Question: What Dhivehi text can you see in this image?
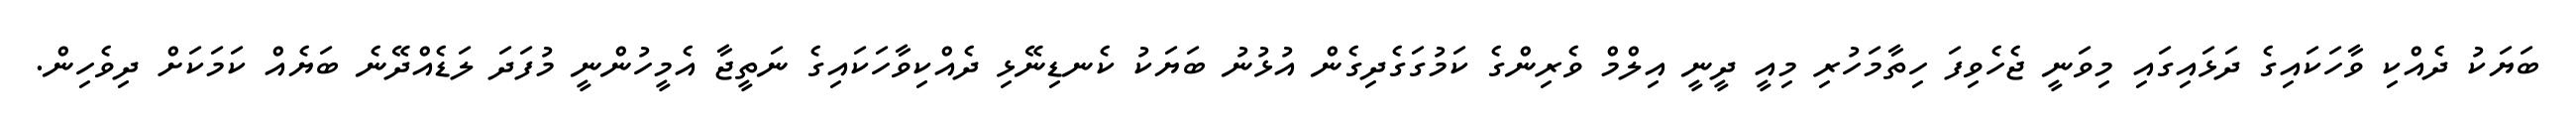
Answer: ބަޔަކު ދެއްކި ވާހަކައިގެ ދަޅައިގައި މިވަނީ ޖެހެވިފަ ހިތާމަހުރި މިއީ ދީނީ އިލްމް ވެރިންގެ ކަމުގަގެދިގެން އުޅުނު ބަޔަކު ކެނޑިނޭޅި ދެއްކިވާހަކައިގެ ނަތީޖާ އެމީހުންނީ މުފަދަ ލަޑެއްދޭނެ ބަޔެއް ކަމަކަށް ދިވެހިން.